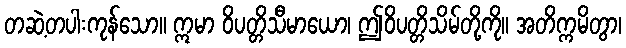
တဆဲ့တပါးကုန်သော။ ဣမာ ဝိပတ္တိသီမာယော၊ ဤဝိပတ္တိသိမ်တို့ကို။ အတိက္ကမိတွာ၊